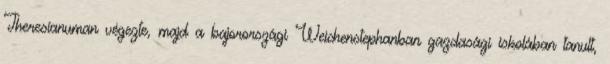
Theresianuman végezte, majd a bajorországi Weichenstephanban gazdasági iskolában tanult,